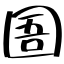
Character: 圄